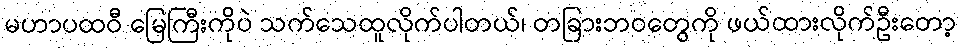
မဟာပထဝီ မြေကြီးကိုပဲ သက်သေထူလိုက်ပါတယ်၊ တခြားဘဝတွေကို ဖယ်ထားလိုက်ဦးတော့